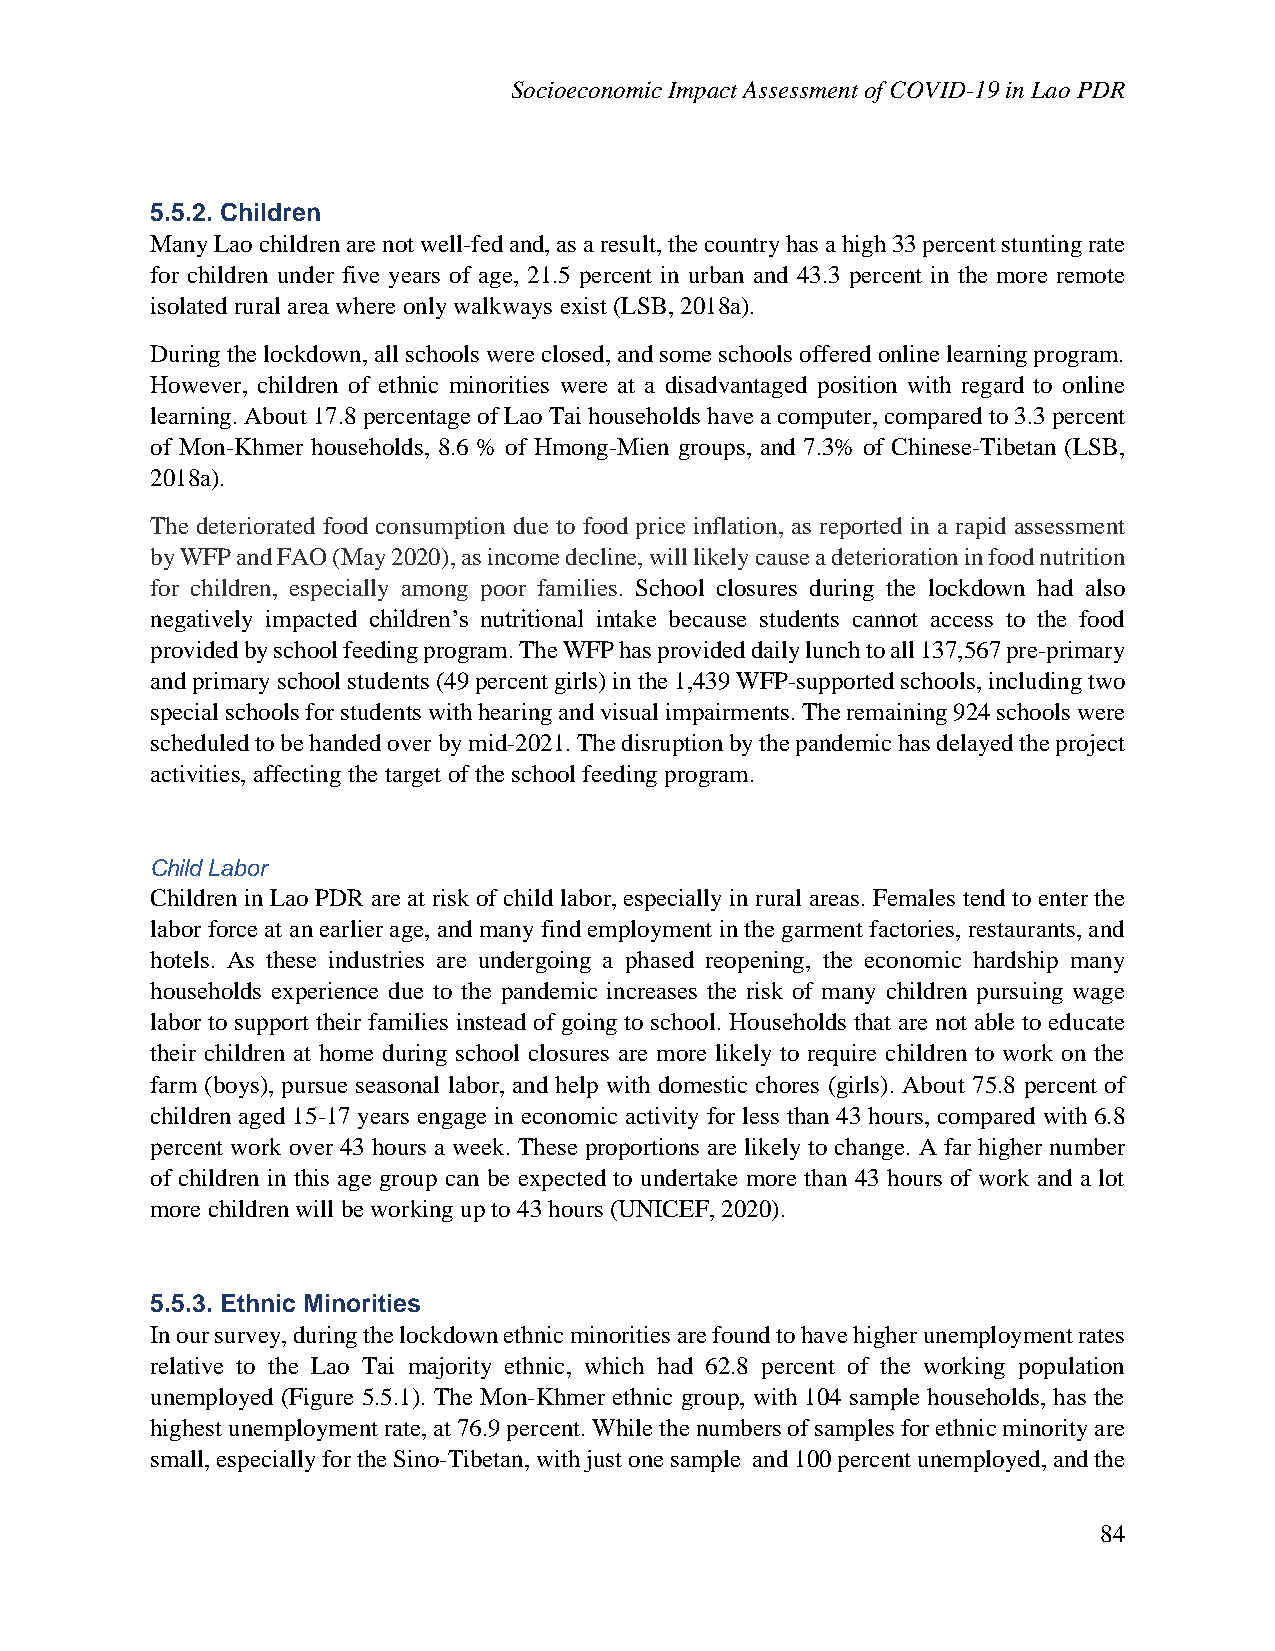
Socioeconomic Impact Assessment of COVID-19 in Lao PDR
 5.5.2. Children
 Many Lao children are not well-fed and, as a result, the country has a high 33 percent stunting rate
 for children under five years of age, 21.5 percent in urban and 43.3 percent in the more remote
 isolated rural area where only walkways exist (LSB, 2018a).
 During the lockdown, all schools were closed, and some schools offered online learning program.
 However, children of ethnic minorities were at a disadvantaged position with regard to online
 learning. About 17.8 percentage of Lao Tai households have a computer, compared to 3.3 percent
 of Mon-Khmer households, 8.6 % of Hmong-Mien groups, and 7.3% of Chinese-Tibetan (LSB,
 2018a).
 The deteriorated food consumption due to food price inflation, as reported in a rapid assessment
 by WFP and FAO (May 2020), as income decline, will likely cause a deterioration in food nutrition
 for children, especially among poor families. School closures during the lockdown had also
 negatively impacted children’s nutritional intake because students cannot access to the food
 provided by school feeding program. The WFP has provided daily lunch to all 137,567 pre-primary
 and primary school students (49 percent girls) in the 1,439 WFP-supported schools, including two
 special schools for students with hearing and visual impairments. The remaining 924 schools were
 scheduled to be handed over by mid-2021. The disruption by the pandemic has delayed the project
 activities, affecting the target of the school feeding program.
 Child Labor
 Children in Lao PDR are at risk of child labor, especially in rural areas. Females tend to enter the
 labor force at an earlier age, and many find employment in the garment factories, restaurants, and
 hotels. As these industries are undergoing a phased reopening, the economic hardship many
 households experience due to the pandemic increases the risk of many children pursuing wage
 labor to support their families instead of going to school. Households that are not able to educate
 their children at home during school closures are more likely to require children to work on the
 farm (boys), pursue seasonal labor, and help with domestic chores (girls). About 75.8 percent of
 children aged 15-17 years engage in economic activity for less than 43 hours, compared with 6.8
 percent work over 43 hours a week. These proportions are likely to change. A far higher number
 of children in this age group can be expected to undertake more than 43 hours of work and a lot
 more children will be working up to 43 hours (UNICEF, 2020).
 5.5.3. Ethnic Minorities
 In our survey, during the lockdown ethnic minorities are found to have higher unemployment rates
 relative to the Lao Tai majority ethnic, which had 62.8 percent of the working population
 unemployed (Figure 5.5.1). The Mon-Khmer ethnic group, with 104 sample households, has the
 highest unemployment rate, at 76.9 percent. While the numbers of samples for ethnic minority are
 small, especially for the Sino-Tibetan, with just one sample and 100 percent unemployed, and the
 84